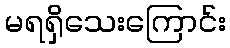
မရရှိသေးကြောင်း